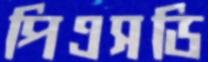
পিএসডি